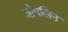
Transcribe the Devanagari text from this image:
जोपलिन